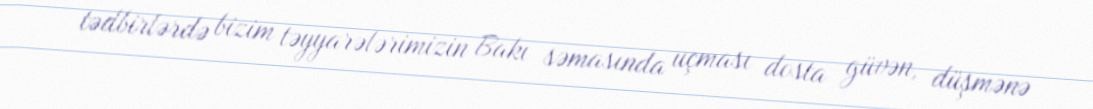
tədbirlərdə bizim təyyarələrimizin Bakı səmasında uçması dosta güvən, düşmənə